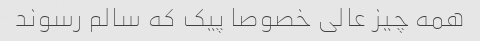
همه چیز عالی خصوصا پیک که سالم رسوند